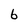
Character: 6